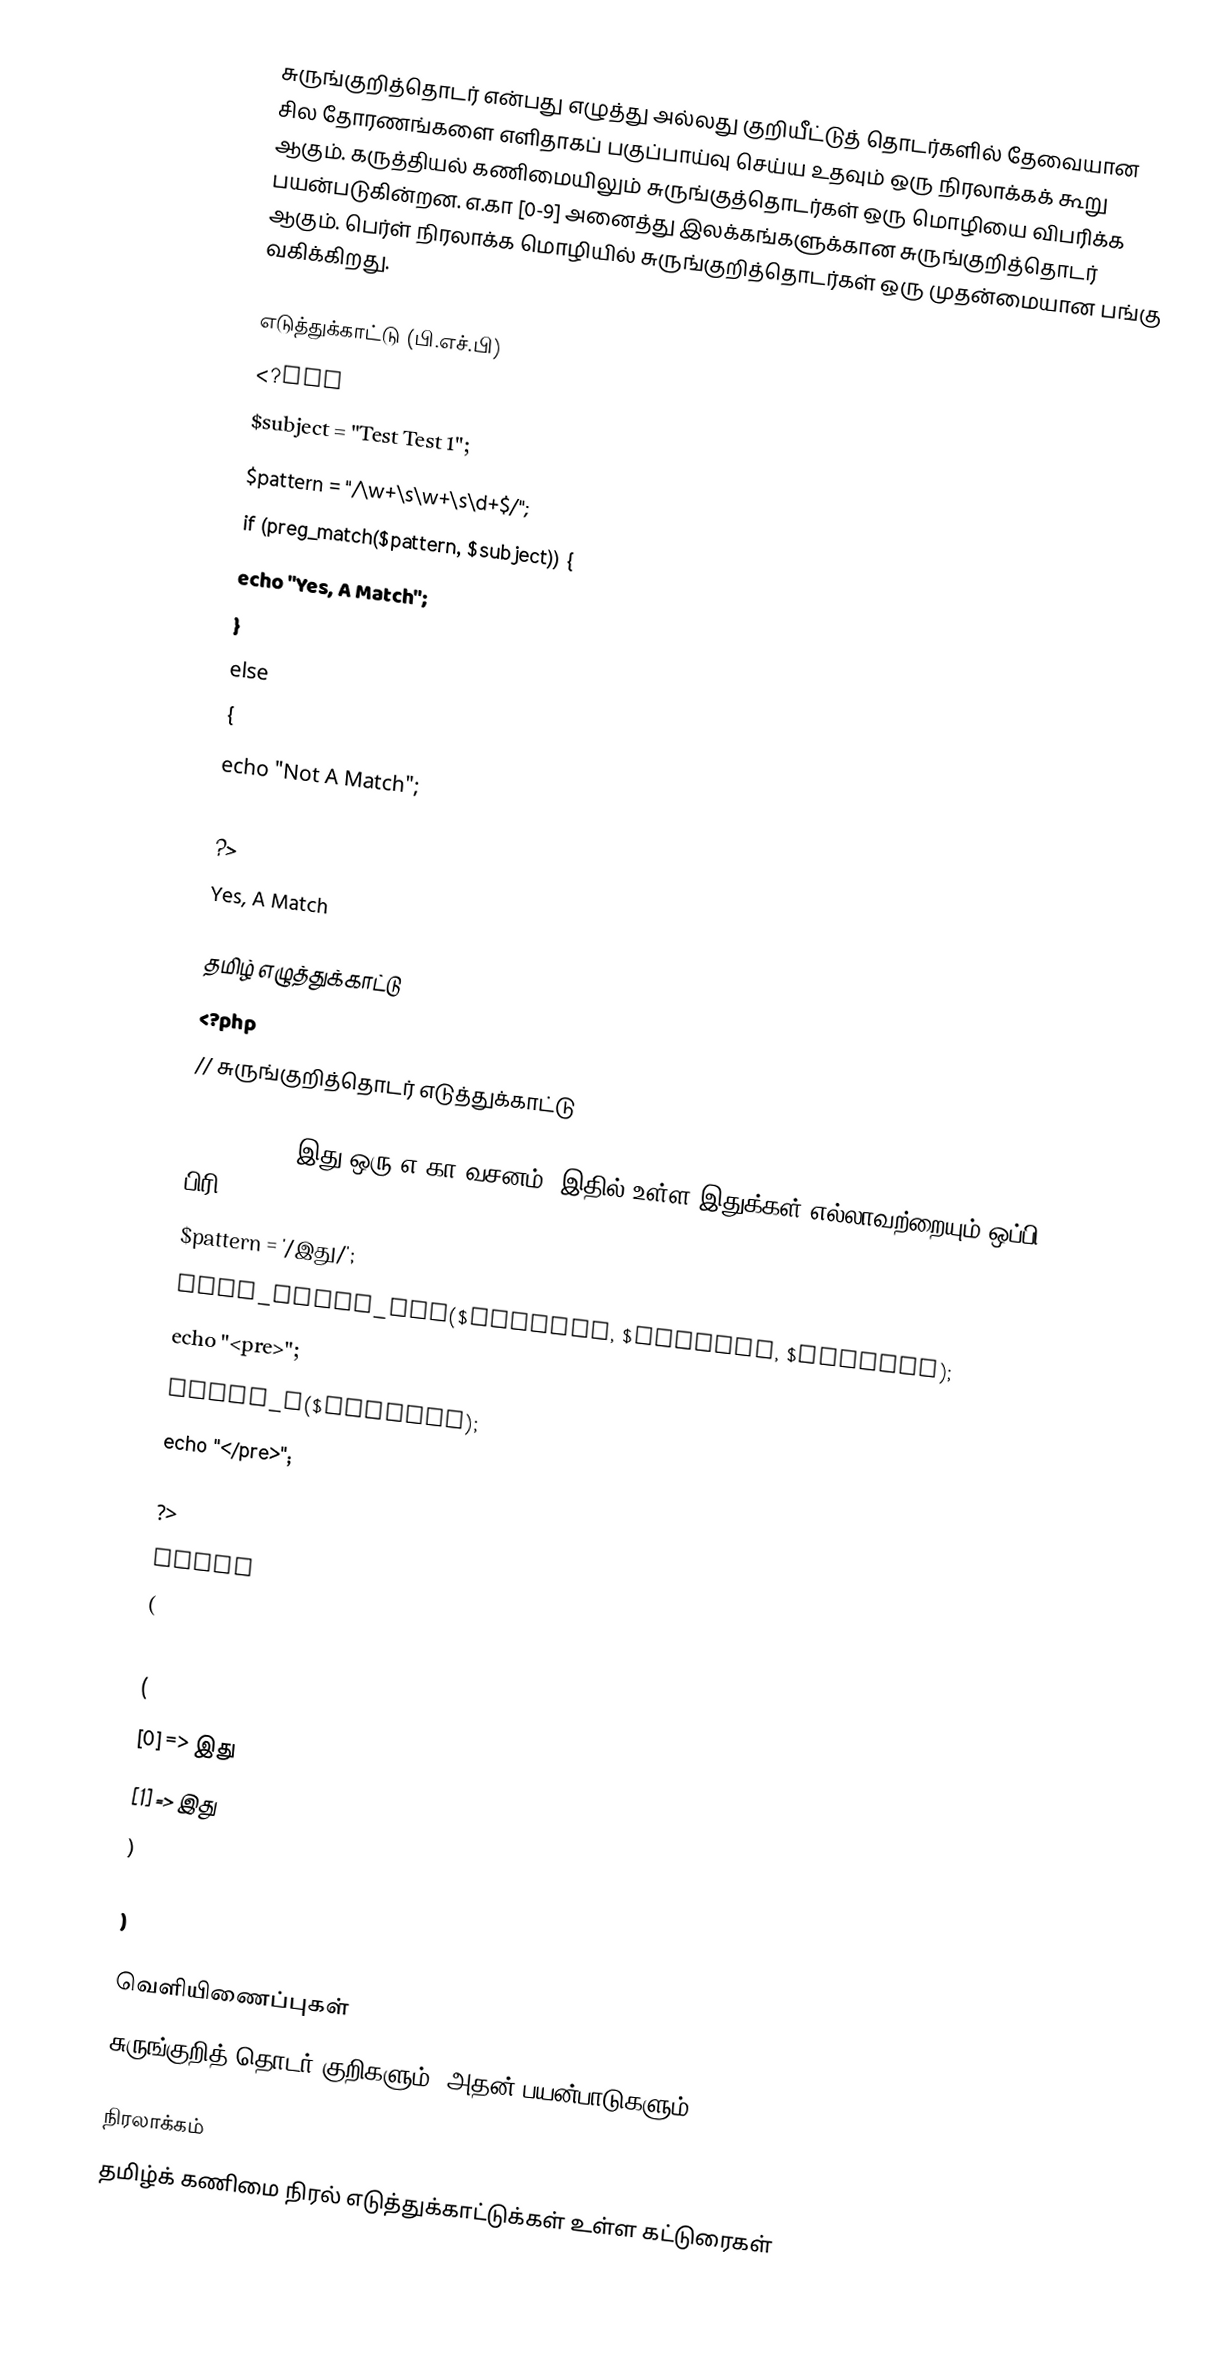
சுருங்குறித்தொடர் என்பது எழுத்து அல்லது குறியீட்டுத் தொடர்களில் தேவையான சில தோரணங்களை எளிதாகப் பகுப்பாய்வு செய்ய உதவும் ஒரு நிரலாக்கக் கூறு ஆகும். கருத்தியல் கணிமையிலும் சுருங்குத்தொடர்கள் ஒரு மொழியை விபரிக்க பயன்படுகின்றன. எ.கா [0-9] அனைத்து இலக்கங்களுக்கான சுருங்குறித்தொடர் ஆகும். பெர்ள் நிரலாக்க மொழியில் சுருங்குறித்தொடர்கள் ஒரு முதன்மையான பங்கு வகிக்கிறது.

எடுத்துக்காட்டு (பி.எச்.பி)
<?php
$subject = "Test Test 1";
$pattern = "/\w+\s\w+\s\d+$/";
if (preg_match($pattern, $subject)) {
    echo "Yes, A Match";
}
else
{
echo "Not A Match";
}
?>
Yes, A Match

தமிழ் எழுத்துக்காட்டு
<?php
// சுருங்குறித்தொடர் எடுத்துக்காட்டு

$subject = "இது ஒரு எ.கா வசனம், இதில் உள்ள இதுக்கள் எல்லாவற்றையும் ஒப்பி பிரி";
$pattern = '/இது/';
preg_match_all($pattern, $subject, $matches);
echo "<pre>";
print_r($matches);
echo "</pre>";

?>
Array
(
    [0] => Array
        (
            [0] => இது
            [1] => இது
        )

)

வெளியிணைப்புகள்
சுருங்குறித் தொடர் குறிகளும், அதன் பயன்பாடுகளும்

நிரலாக்கம்
தமிழ்க் கணிமை நிரல் எடுத்துக்காட்டுக்கள் உள்ள கட்டுரைகள்